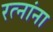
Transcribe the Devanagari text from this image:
रत्नांना